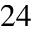
2 4